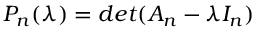
P _ { n } ( \lambda ) = d e t ( A _ { n } - \lambda I _ { n } )